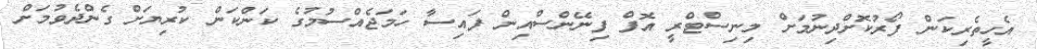
އެހީތެރިކަން ފޯރުކޮށްދިނުމަށް މިނިސްޓްރީ އޮފް ފިނޭންސްއިން ފައިސާ ހަމަޖެއްސުމުގެ ކަންކަން ކުރިޔަށް ގެންދެވުމަށް